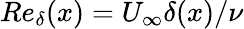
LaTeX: Re_{\delta}(x)=U_{\infty}\delta(x)/\nu